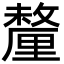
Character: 釐